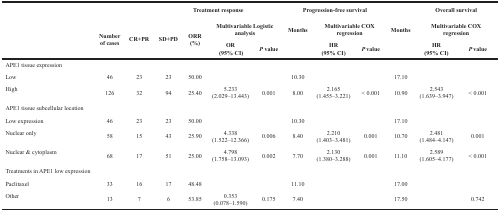
<table><thead><tr><td rowspan="3"></td><td></td><td></td><td></td><td colspan="3"><b>Treatment response</b></td><td colspan="3"><b>Progression-free survival</b></td><td></td><td colspan="2"><b>Overall survival</b></td></tr><tr><td rowspan="2"><b>Number of cases</b></td><td rowspan="2"><b>CR+PR</b></td><td rowspan="2"><b>SD+PD</b></td><td rowspan="2"><b>ORR (%)</b></td><td colspan="2"><b>Multivariable Logistic analysis</b></td><td><b>Months</b></td><td colspan="2"><b>Multivariable COX regression</b></td><td><b>Months</b></td><td colspan="2"><b>Multivariable COX regression</b></td></tr><tr><td><b>OR (95% CI)</b></td><td><b><i>P</i> value</b></td><td></td><td><b>HR (95% CI)</b></td><td><b><i>P</i> value</b></td><td></td><td><b>HR (95% CI)</b></td><td><b><i>P</i> value</b></td></tr></thead><tbody><tr><td>APE1 tissue expression</td><td></td><td></td><td></td><td></td><td></td><td></td><td></td><td></td><td></td><td></td><td></td><td></td></tr><tr><td>Low</td><td>46</td><td>23</td><td>23</td><td>50.00</td><td></td><td></td><td>10.30</td><td></td><td></td><td>17.10</td><td></td><td></td></tr><tr><td>High</td><td>126</td><td>32</td><td>94</td><td>25.40</td><td>5.233 (2.029–13.443)</td><td>0.001</td><td>8.00</td><td>2.165 (1.455–3.221)</td><td>&lt; 0.001</td><td>10.90</td><td>2.543 (1.639–3.947)</td><td>&lt; 0.001</td></tr><tr><td>APE1 tissue subcellular location</td><td></td><td></td><td></td><td></td><td></td><td></td><td></td><td></td><td></td><td></td><td></td><td></td></tr><tr><td>Low expression</td><td>46</td><td>23</td><td>23</td><td>50.00</td><td></td><td></td><td>10.30</td><td></td><td></td><td>17.10</td><td></td><td></td></tr><tr><td>Nuclear only</td><td>58</td><td>15</td><td>43</td><td>25.90</td><td>4.338 (1.522–12.366)</td><td>0.006</td><td>8.40</td><td>2.210 (1.403–3.481)</td><td>0.001</td><td>10.70</td><td>2.481 (1.484–4.147)</td><td>0.001</td></tr><tr><td>Nuclear &amp; cytoplasm</td><td>68</td><td>17</td><td>51</td><td>25.00</td><td>4.798 (1.758–13.093)</td><td>0.002</td><td>7.70</td><td>2.130 (1.380–3.288)</td><td>0.001</td><td>11.10</td><td>2.589 (1.605–4.177)</td><td>&lt; 0.001</td></tr><tr><td>Treatments in APE1 low expression</td><td></td><td></td><td></td><td></td><td></td><td></td><td></td><td></td><td></td><td></td><td></td><td></td></tr><tr><td>Paclitaxel</td><td>33</td><td>16</td><td>17</td><td>48.48</td><td></td><td></td><td>11.10</td><td></td><td></td><td>17.00</td><td></td><td></td></tr><tr><td>Other</td><td>13</td><td>7</td><td>6</td><td>53.85</td><td>0.353 (0.078–1.590)</td><td>0.175</td><td>7.40</td><td></td><td></td><td>17.50</td><td></td><td>0.742</td></tr></tbody></table>